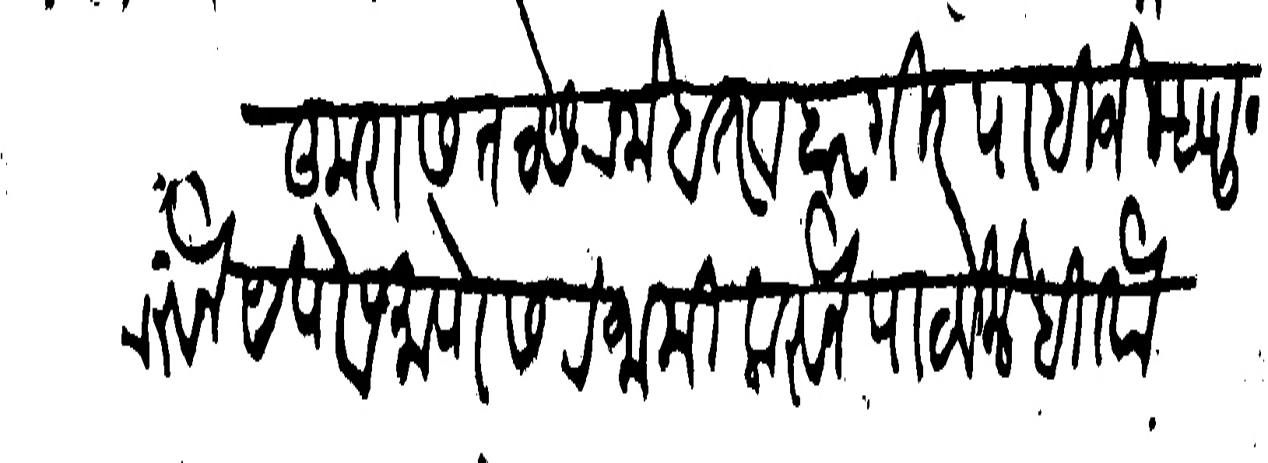
Transliteration (Devanagari): कुरास तटसरनोबत व वारगीर पाहिजे म्हणून त्याजवरुन येणेप्रमाणे सरंजामी करुन पाठविले बि ताो